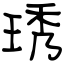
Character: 琇